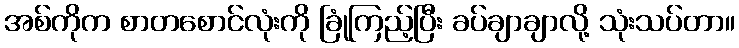
အစ်ကိုက စာတစောင်လုံးကို ခြုံကြည့်ပြီး ခပ်ချာချာလို့ သုံးသပ်တာ။